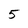
Character: 5